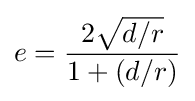
e={\frac {2{\sqrt {d/r}}}{1+(d/r)}}